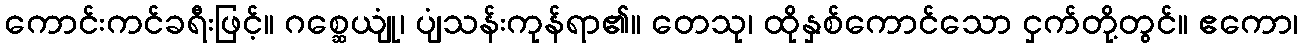
ကောင်းကင်ခရီးဖြင့်။ ဂစ္ဆေယျုံ၊ ပျံသန်းကုန်ရာ၏။ တေသု၊ ထိုနှစ်ကောင်သော ငှက်တို့တွင်။ ဧကော၊